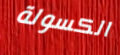
الكسولة